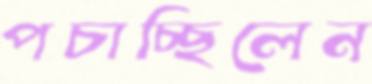
পচাচ্ছিলেন